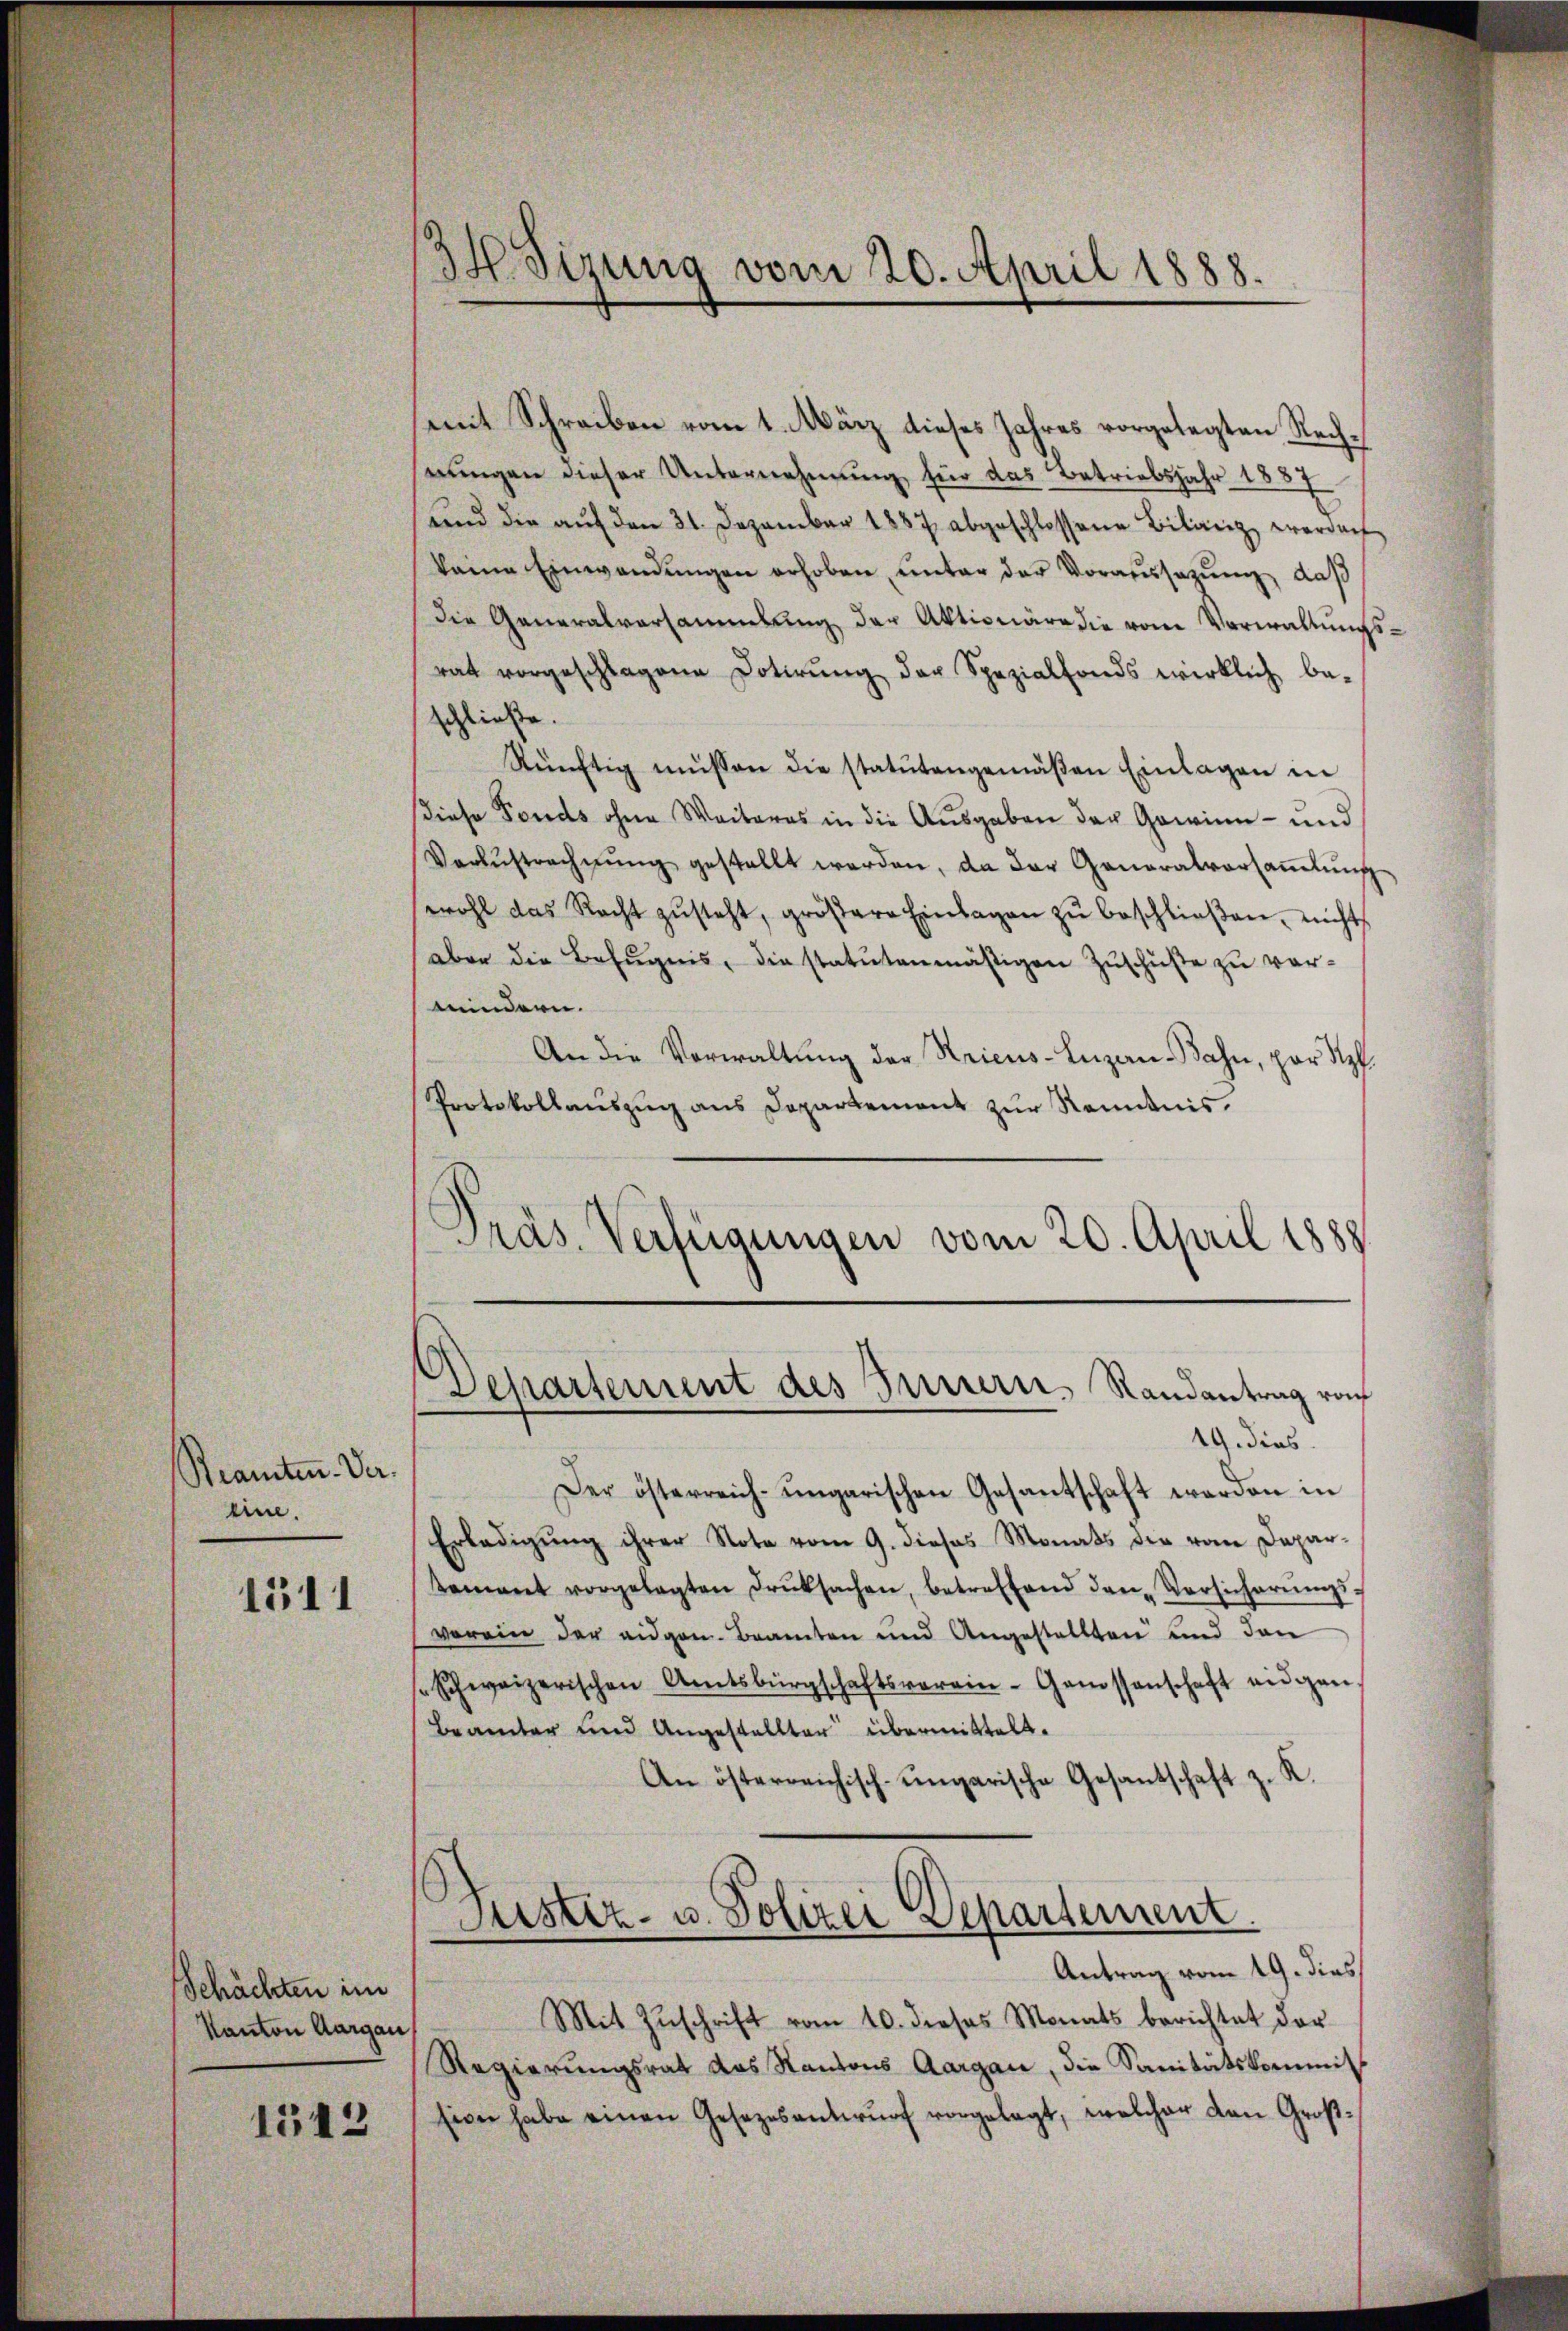
Beamten-Ver-
eine.

1511

Schächten im
Kanton Aargau,

1543

34. Sirung vom 20. April 1888.

Präs. Verfügungen vom 20. April 1888.

mit Schreiben vom 1. März dieses Jahres vorgelegten Rechnungen dieser Unternehmung für das Betriebsjahr 1827
und die aŭf den 31. Dezember 1887 abgeschlossene Biliret werden
kaine Einwandŭngen erhoben, unter der Voraussazung, daß
Die Generalversammlung der Aktionäre die vom Verwaltungsrat vorgeschlagene Dotirŭng der Spezialfonds wirklich be-
schließe.
Rünftig müssen die statutengemäβen Einlagen in
Diese Fonds ohne Weiteres in die Ausgaben der Gewinn- und
Verzŭstrechnŭng gestellt werden, da der Generalversaṁlŭng
wohl das Recht zŭsteht, gröβere Einlagen zŭ beschlieβen, nicht
aber die Befugnis, die statutenmäßigen Zuschüße zu vermindern.
An die Verwaltung der Stricus-Luzan-Bahn, par Sp
Protokollauszug aus Departement zur Kenntnis.
Departement des Innern, Randantrag von
19. dies
Der österreich-ungarischen Gesantschaft werden in
Erledigung ihrer Note vom 9. dieses Monats die vom Depardemant vorgelegten Druksachen, betreffend den-Versicherŭngs-
vorein der eidgen. Beamten und Angestellten und den
seschweizerischen Amtsbürgschaftsverein-Genossenschaft angen
Beamter und Angestallter übermittelt.
An österreichisch-ungarische Gesantschaft z. K.
Justiz- u. Polizei Departement
Antrag vom 19. dies
Mit Zŭschrift vom 10. dieses Monats berichtet der
Regierungsrat das Kantons Aargau, die Sanitätskommiss
sion habe einen Gesezesentwŭrf vorgelegt, welcher den Groß¬